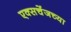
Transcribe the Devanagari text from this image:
एक्सचेंजच्या